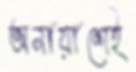
অনায়াশেই